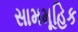
સામમૂહિક